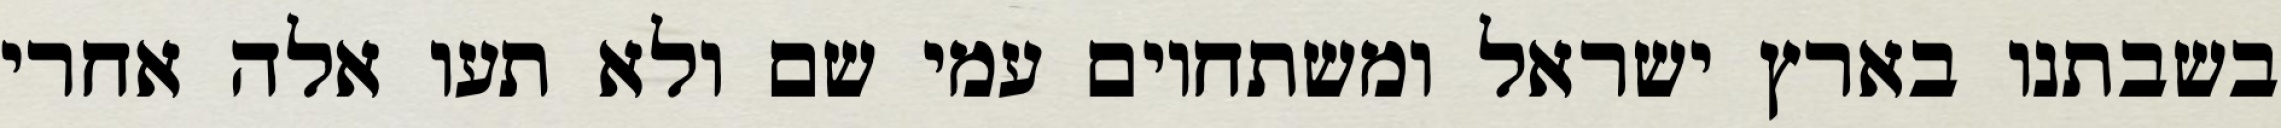
בשבתנו בארץ ישראל ומשתחוים עמי שם ולא תעו אלה אחרי